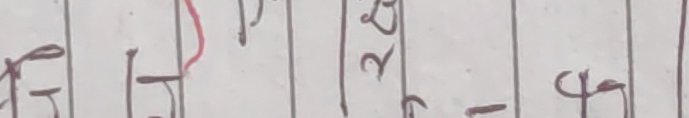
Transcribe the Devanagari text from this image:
भु ज प २५ - ६